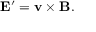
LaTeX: \mathbf { E } ^ { \prime } = \mathbf { v } \times \mathbf { B } .